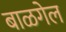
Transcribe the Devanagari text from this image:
बाळगेल